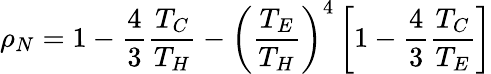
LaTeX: \rho_{N}=1-\frac{4}{3}\frac{T_{C}}{T_{H}}-\left(\frac{T_{E}}{T_{H}}\right)^{4}\left[1-\frac{4}{3}\frac{T_{C}}{T_{E}}\right]